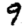
Digit: 9